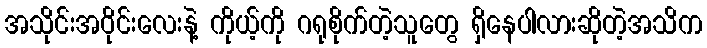
အသိုင်းအဝိုင်းလေးနဲ့ ကိုယ့်ကို ဂရုစိုက်တဲ့သူတွေ ရှိနေပါလားဆိုတဲ့အသိက